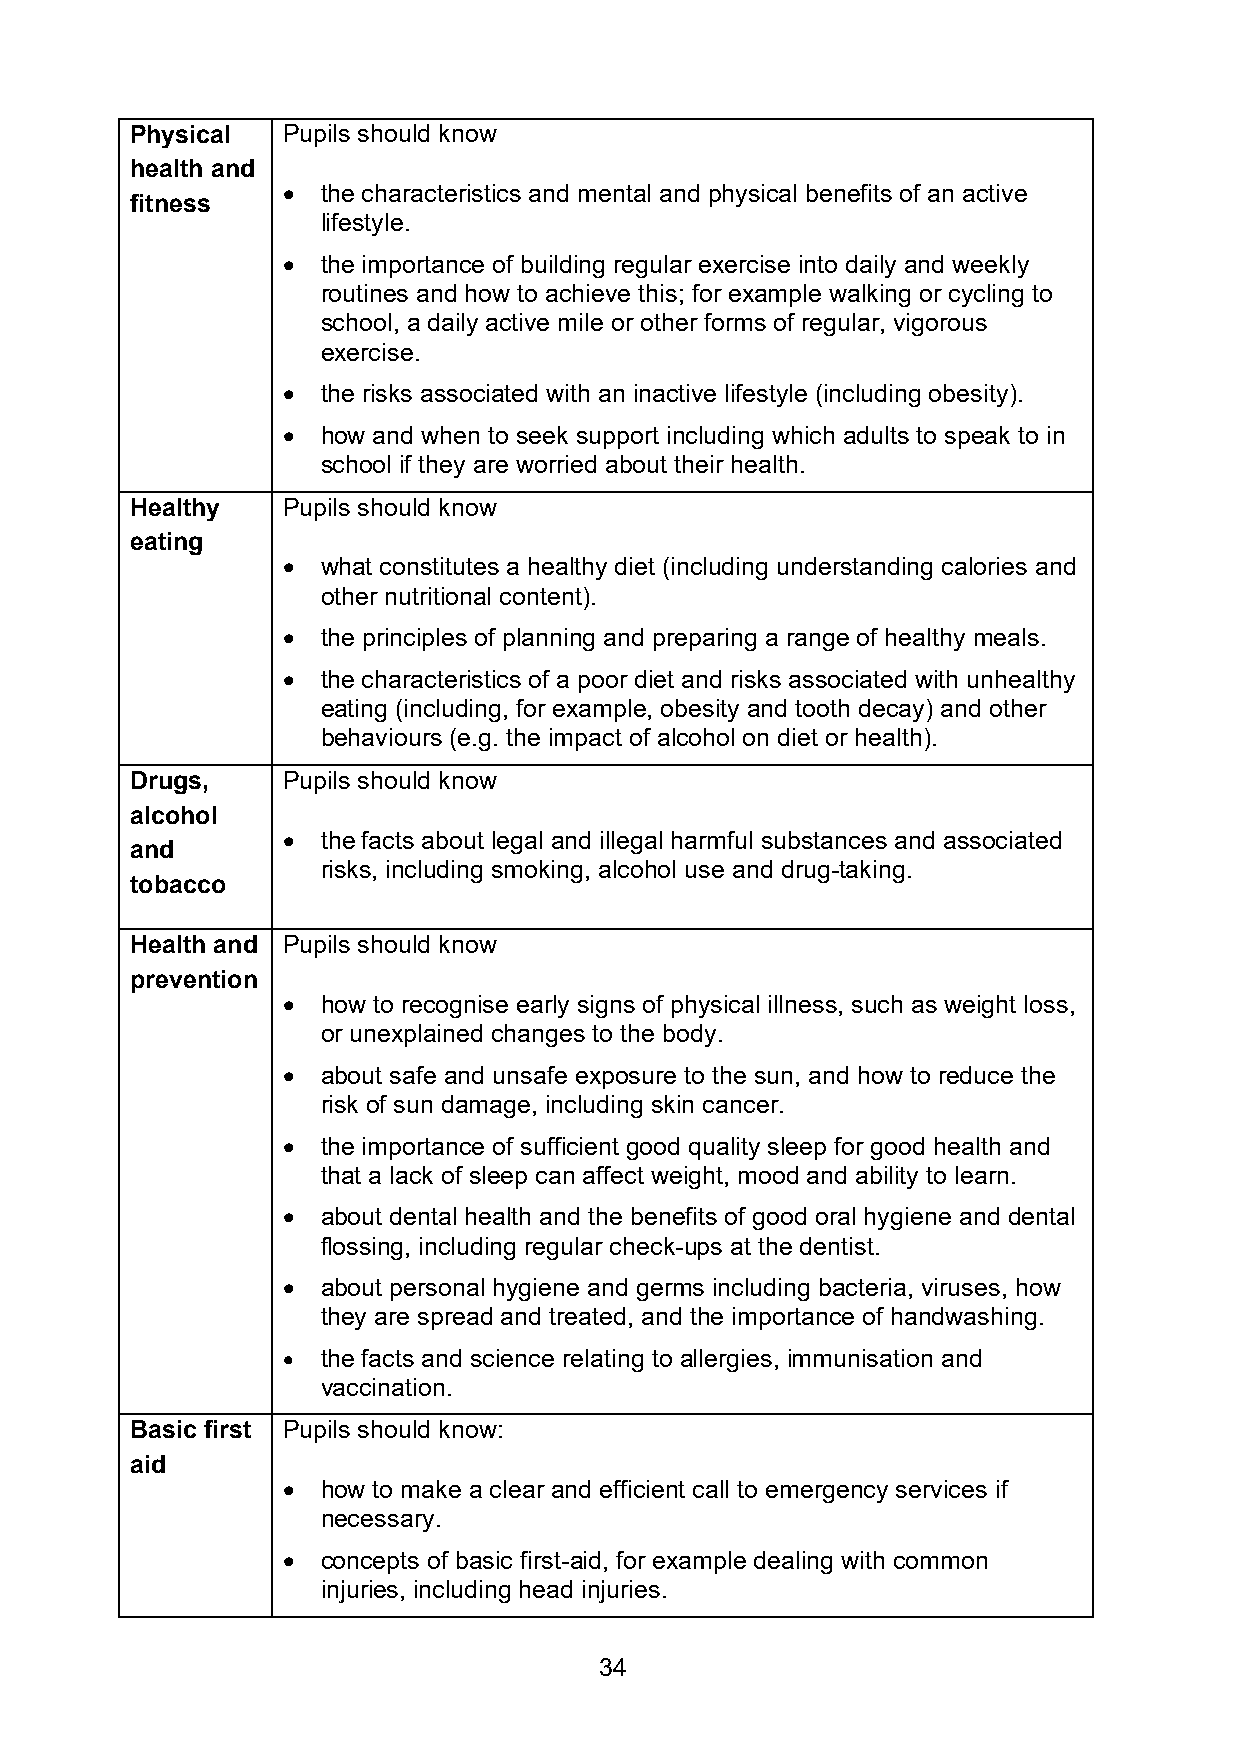
Physical  Pupils should know
 health and
 • the characteristics and mental and physical benefits of an active
 fitness
 lifestyle.
 • the importance of building regular exercise into daily and weekly
 routines and how to achieve this; for example walking or cycling to
 school, a daily active mile or other forms of regular, vigorous
 exercise.
 • the risks associated with an inactive lifestyle (including obesity).
 • how and when to seek support including which adults to speak to in
 school if they are worried about their health.
 Healthy   Pupils should know
 eating
 • what constitutes a healthy diet (including understanding calories and
 other nutritional content).
 • the principles of planning and preparing a range of healthy meals.
 • the characteristics of a poor diet and risks associated with unhealthy
 eating (including, for example, obesity and tooth decay) and other
 behaviours (e.g. the impact of alcohol on diet or health).
 Drugs,    Pupils should know
 alcohol
 • the facts about legal and illegal harmful substances and associated
 and
 risks, including smoking, alcohol use and drug-taking.
 tobacco
 Health and Pupils should know
 prevention
 • how to recognise early signs of physical illness, such as weight loss,
 or unexplained changes to the body.
 • about safe and unsafe exposure to the sun, and how to reduce the
 risk of sun damage, including skin cancer.
 • the importance of sufficient good quality sleep for good health and
 that a lack of sleep can affect weight, mood and ability to learn.
 • about dental health and the benefits of good oral hygiene and dental
 flossing, including regular check-ups at the dentist.
 • about personal hygiene and germs including bacteria, viruses, how
 they are spread and treated, and the importance of handwashing.
 • the facts and science relating to allergies, immunisation and
 vaccination.
 Basic first Pupils should know:
 aid
 • how to make a clear and efficient call to emergency services if
 necessary.
 • concepts of basic first-aid, for example dealing with common
 injuries, including head injuries.
 34